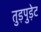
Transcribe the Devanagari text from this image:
तुड़पुड़ेट